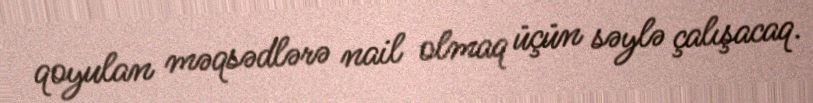
qoyulan məqsədlərə nail olmaq üçün səylə çalışacaq.